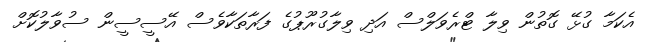
އެކަމާ ގުޅޭ ގޮތުން ވިލާ ޓްރެވަލްސް އަދި ވިލާގުރޫޕުގެ ފަރާތަކާވެސް އޭސީސީން ސުވާލުކޮށް